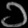
Digit: ၁